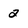
Character: 2